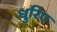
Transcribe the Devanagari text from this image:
धुरिए